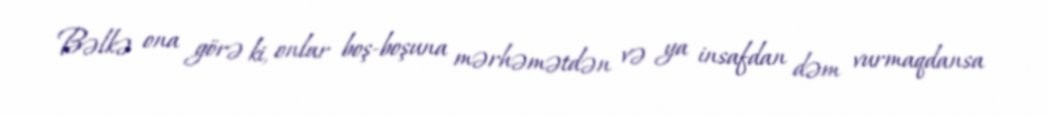
Bəlkə ona görə ki, onlar boş-boşuna mərhəmətdən və ya insafdan dəm vurmaqdansa